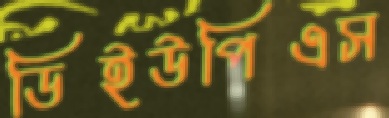
ডিইউপিএস